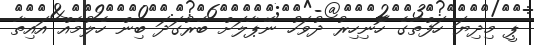
ޕީ މިދިޔަ ހަފްތާގެ ހޮނިހިރު ދުވަހު ނޭޕާލަށް ބާރުގަދަ ބިން ހެލުމެއް އައިތާ